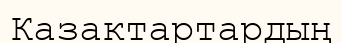
Казактартардың